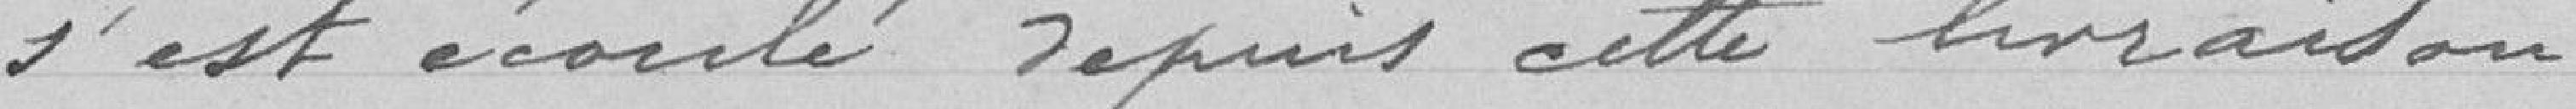
s'est écoulé depuis cette livraison